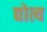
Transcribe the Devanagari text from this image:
द्योत्य